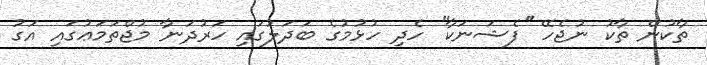
ތާކުން ތާކު ނުޖެހޭ ''ފެޝަނަކާ'' ހެދި ހުޅުމުގެ ބަދަލުގައި ހަރުދަނާ މުޖްތަމަޢުގައި އަގު